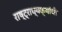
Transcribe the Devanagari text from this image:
राष्ट्राध्यक्षांची